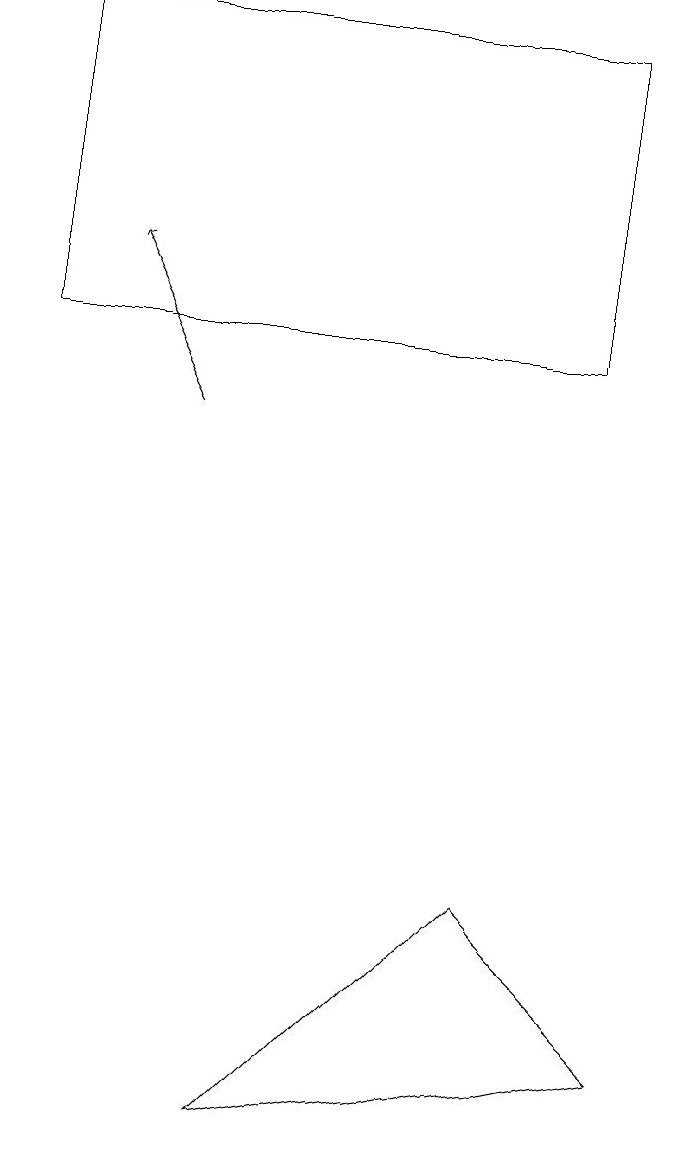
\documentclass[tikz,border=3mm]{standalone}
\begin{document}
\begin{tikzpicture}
\draw[->] (2,13) -- (1,15);
\draw (8,5) -- (6,7) -- (3,4) -- cycle;
\draw (7,18) rectangle (0,14);
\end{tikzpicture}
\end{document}